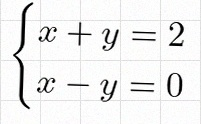
\begin{cases}x+y=2\\x-y=0\end{cases}